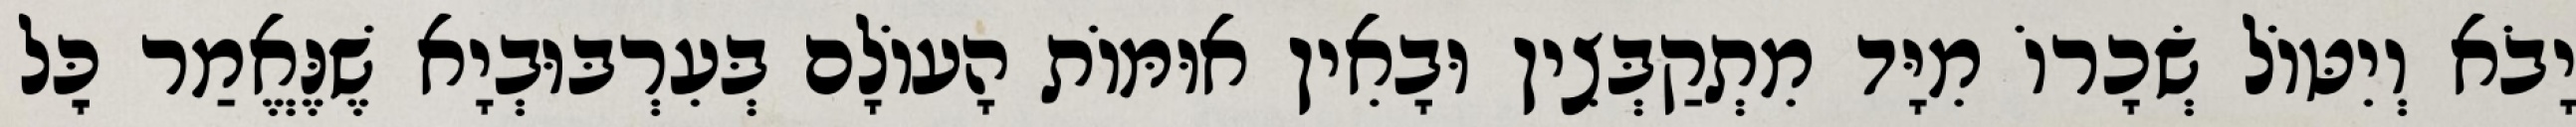
יָבֹא וְיִטּוֹל שְׂכָרוֹ מִיָּד מִתְקַבְּצִין וּבָאִין אוּמּוֹת הָעוֹלָם בְּעִרְבּוּבְיָא שֶׁנֶּאֱמַר כׇּל